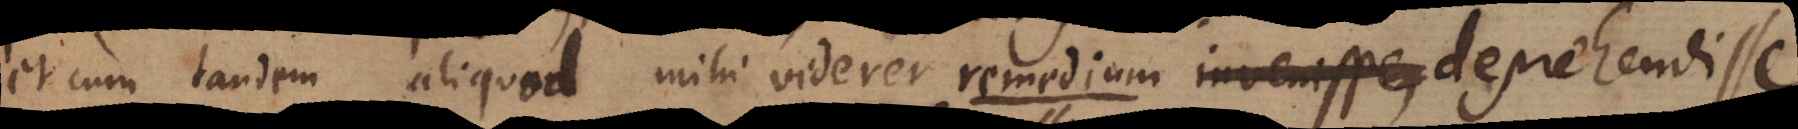
et cum tandem aliquod mihi viderer remedium invenisse, deprehendisse